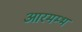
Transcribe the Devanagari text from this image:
आरमम्भ